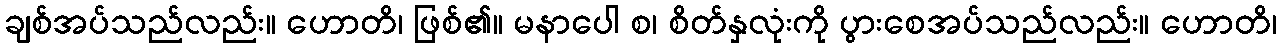
ချစ်အပ်သည်လည်း။ ဟောတိ၊ ဖြစ်၏။ မနာပေါ စ၊ စိတ်နှလုံးကို ပွားစေအပ်သည်လည်း။ ဟောတိ၊